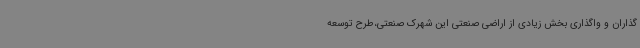
گذاران و واگذاری بخش زیادی از اراضی صنعتی این شهرک صنعتی،طرح توسعه